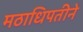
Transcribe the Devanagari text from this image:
मठाधिपतीने